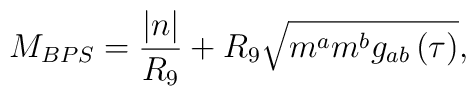
M_{BPS}=\frac{\left| n\right| }{R_9}+R_9\sqrt{m^am^bg_{ab}\left( \tau\right) },